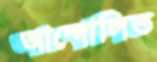
আন্দোলিত